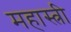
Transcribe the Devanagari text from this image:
महास्त्री